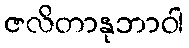
ဇလိတာနုဘာဝါ